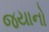
જયાનો